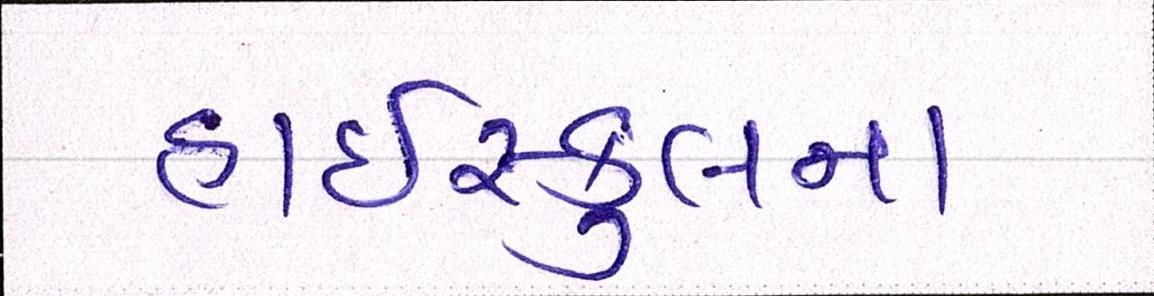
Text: હાઇસ્કુલના